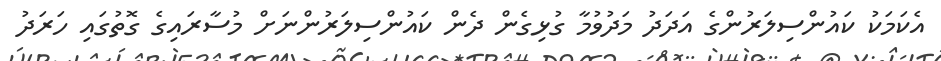
އެކަމަކު ކައުންސިލަރުންގެ އަދަދު މަދުވުމާ ގުޅިގެން ދެން ކައުންސިލަރުންނަށް މުސާރައިގެ ގޮތުގައި ހަރަދު